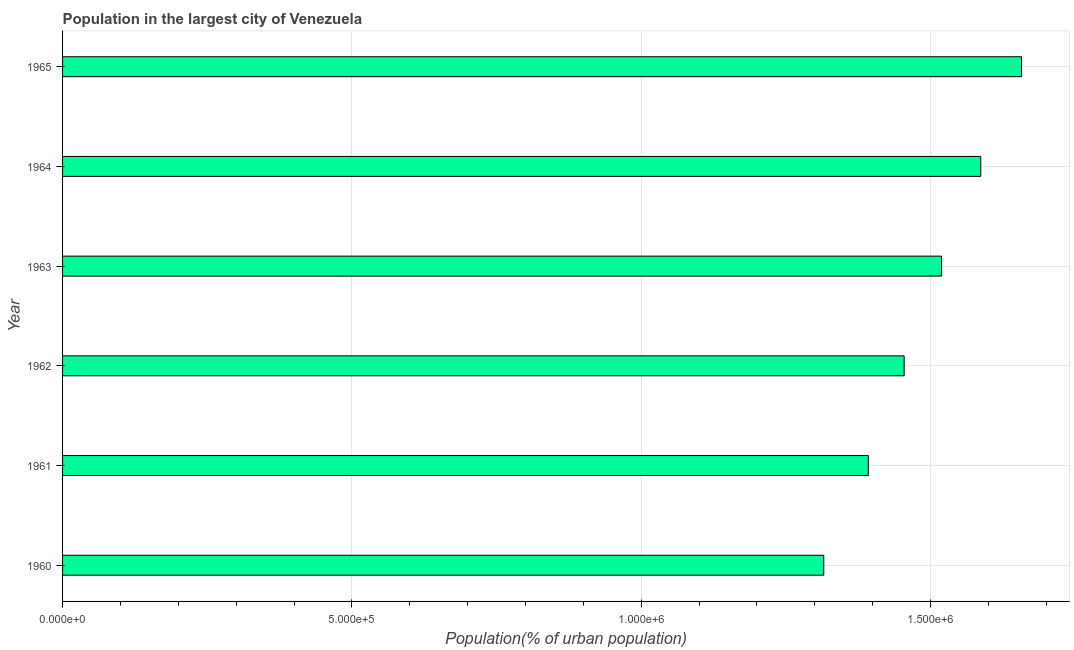
| Year | Population in largest city |
 | --- | --- |
 | 1960 | 1.32e+06 |
 | 1961 | 1.39e+06 |
 | 1962 | 1.45e+06 |
 | 1963 | 1.52e+06 |
 | 1964 | 1.59e+06 |
 | 1965 | 1.66e+06 |